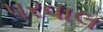
પરવાલ